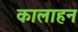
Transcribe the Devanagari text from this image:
कालाहन